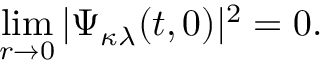
\operatorname * { l i m } _ { r \rightarrow 0 } | \Psi _ { \kappa \lambda } ( t , 0 ) | ^ { 2 } = 0 .